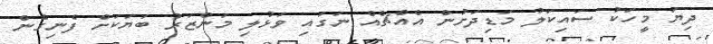
ދިޔަ މީހަކު ސައިކަލު މަޑިދަށުން އެއްޗެއް ނަގައި ވަޅުލި މަންޒަރު ބަޔަކަށް ފެނިގެން